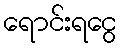
ရောင်းရငွေ